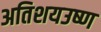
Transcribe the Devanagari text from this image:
अतिशयउष्ण